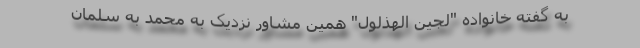
به گفته خانواده "لُجَین الهَذلول" همین مشاور نزدیک به محمد به سلمان